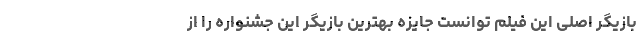
بازیگر اصلی این فیلم توانست جایزه بهترین بازیگر این جشنواره را از